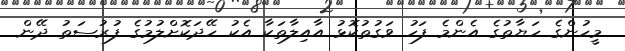
މީހުންގެ ހަޔާތުގެ އެންމެ ފަހު ވަގުތުކޮޅު އާއިލާތަކާ އެކު ހޭދަކޮށްލުމުގެ ފުރުސަތު ދޭން